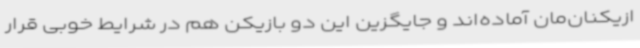
ازیکنان‌مان آماده‌اند و جایگزین این دو بازیکن هم در شرایط خوبی قرار